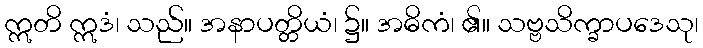
ဣတိ ဣဒံ၊ သည်။ အနာပတ္တိယံ၊ ၌။ အဓိကံ၊ ၏။ သဗ္ဗသိက္ခာပဒေသု၊